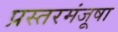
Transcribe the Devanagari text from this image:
प्रस्तरमंजूषा